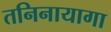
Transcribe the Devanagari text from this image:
तनिनायागा